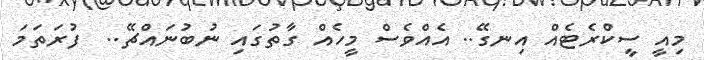
މިއީ ސީކްރެޓެއް އިނގޭ.. އެއްވެސް މީހެއް ގާތުގައި ނުބުނައްޗޭ..  ފުރަތަމަ